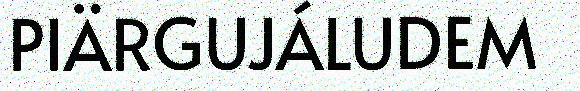
PIÄRGUJÁLUDEM